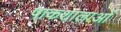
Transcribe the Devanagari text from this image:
पाकशालाओं